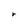
Character: r